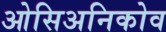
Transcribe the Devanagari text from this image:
ओसिअनिकोव